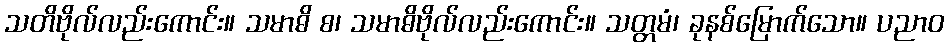
သတိဗိုလ်လည်းကောင်း။ သမာဓိ စ၊ သမာဓိဗိုလ်လည်းကောင်း။ သတ္တမံ၊ ခုနစ်မြောက်သော။ ပညာဝ